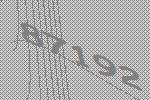
87192